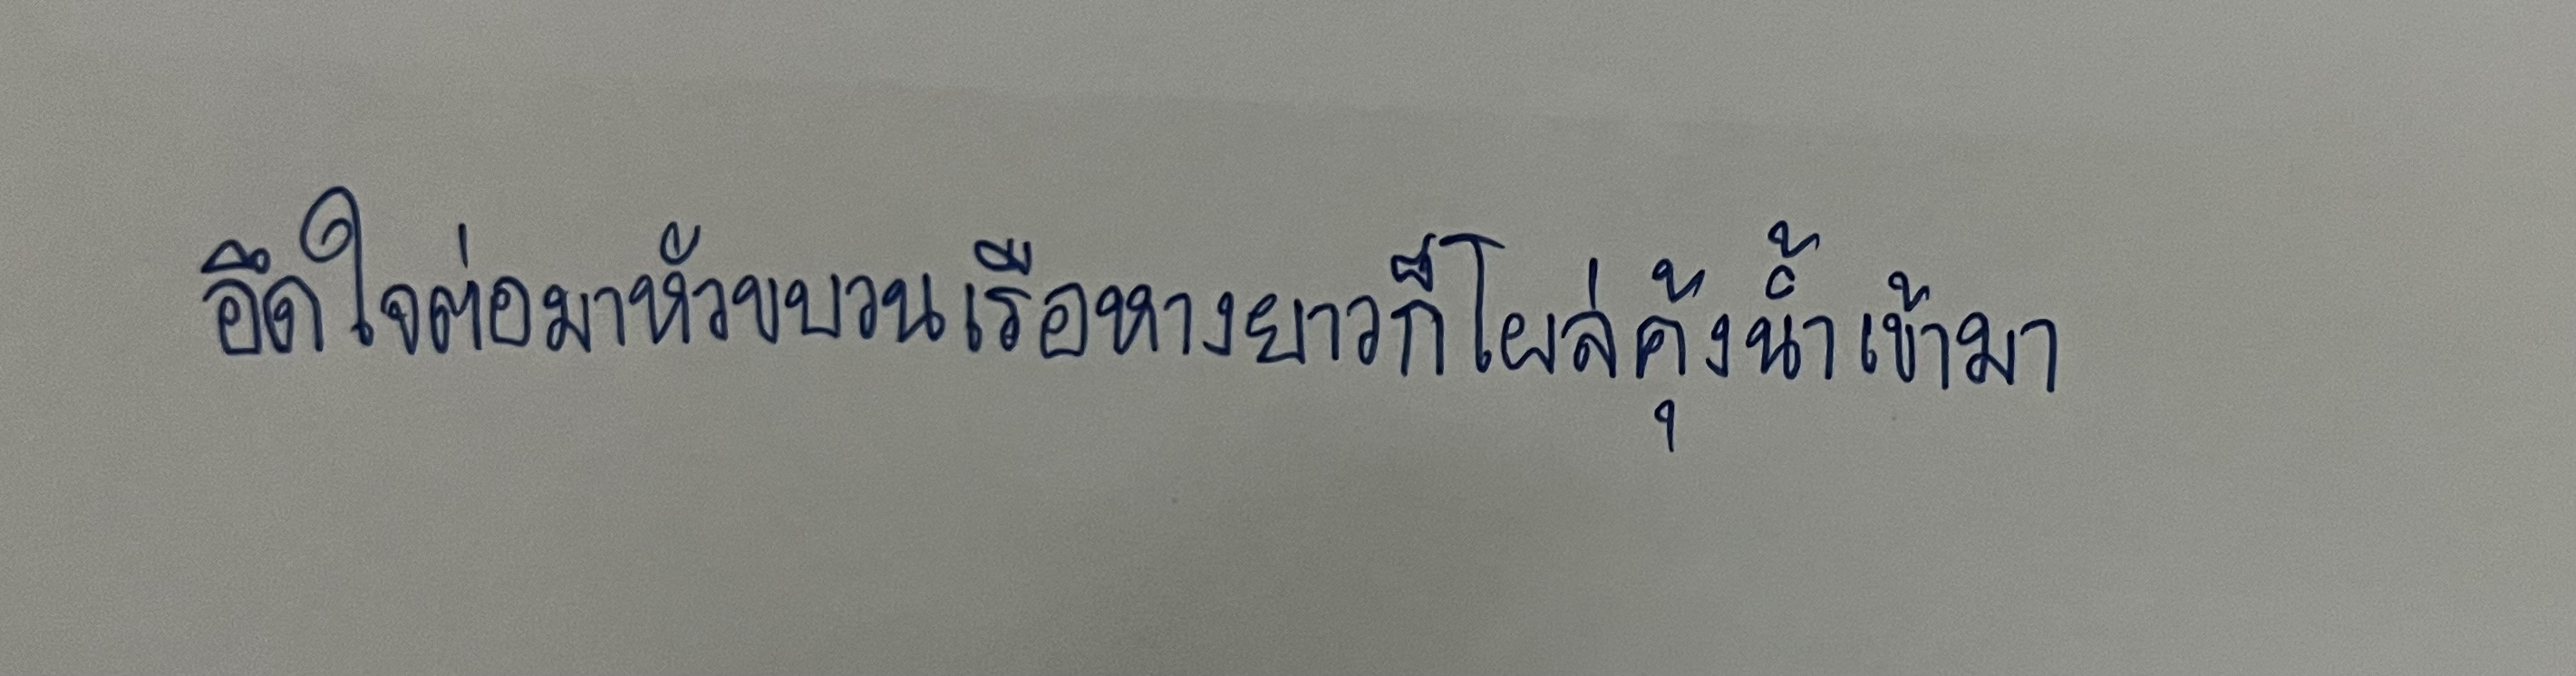
อึดใจต่อมาหัวขบวนเรือหางยาวก็โผล่คุ้งน้ำเข้ามา